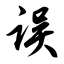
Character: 误